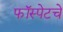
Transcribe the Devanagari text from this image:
फॉस्पेटचे